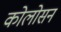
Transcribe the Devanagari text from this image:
कोलोसन